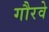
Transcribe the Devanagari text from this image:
गौरवे